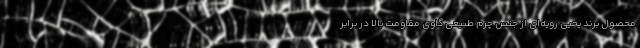
محصول برند یحیی رویه‌ای از جنس چرم طبیعی گاوی مقاومت بالا در برابر